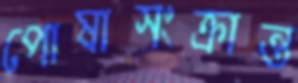
পোষাসংক্রান্ত